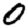
Digit: 0